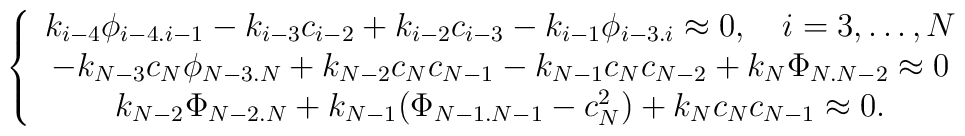
\left\{\begin{array}{c} k_{i-4}{\phi}_{i-4.i-1}-k_{i-3}c_{i-2}+k_{i-2}c_{i-3}-k_{i-1}{\phi}_{i-3.i} \approx 0,\quad i=3,\ldots, N \\-k_{N-3}c_N{\phi}_{N-3.N}+k_{N-2}c_Nc_{N-1}-k_{N-1}c_Nc_{N-2} + k_N\Phi_{N.N-2}\approx 0\\ k_{N-2}{\Phi}_{N-2.N}+k_{N-1}({\Phi}_{N-1.N-1}-c^2_N)+k_Nc_Nc_{N-1}\approx 0.\end{array}\right.